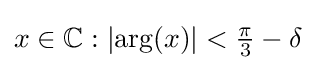
x\in \mathbb {C} :\left|\arg(x)\right|<{\tfrac {\pi }{3}}-\delta